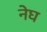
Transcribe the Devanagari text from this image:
नेघ